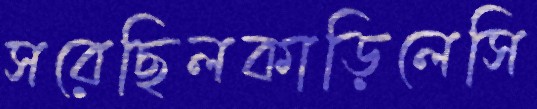
সরেছিলকাড়িলেসি